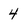
Character: 4